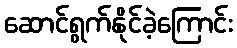
ဆောင်ရွက်နိုင်ခဲ့ကြောင်း